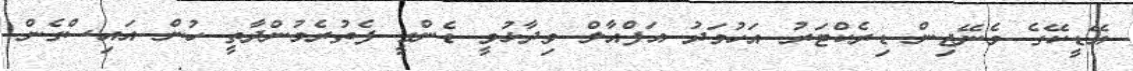
އޭޑީކޭގެ މެނޭޖިން ޑިރެކްޓަރު އަހުމަދު އަފްއާލް ވިދާޅުވީ ޑެންގީ ފެތުރެމުންދާތީ ހުން އައިސްގެން